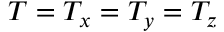
T = T _ { x } = T _ { y } = T _ { z }